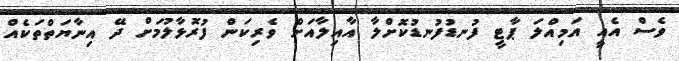
ވެސް އެއީ އަމިއްލަ ޕާޓީ ފުނޑުފުނޑުކޮށްލާ އާއިލާއަށް ވެރިކަން ފުރޮޅާލުމަށް ދޭ އިނާޔަތްތަކެއް